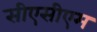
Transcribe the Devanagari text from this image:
सीएसीएम